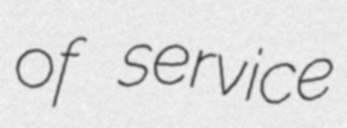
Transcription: of service